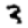
Digit: 3